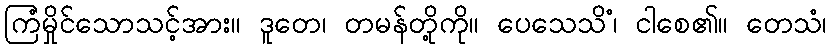
ကြံမှိုင်သောသင့်အား။ ဒူတေ၊ တမန်တို့ကို။ ပေသေသိံ၊ ငါစေ၏။ တေသံ၊